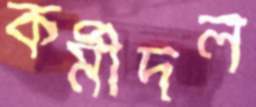
কর্মীদল